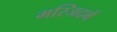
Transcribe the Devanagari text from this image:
मस्जिदमें